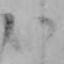
い